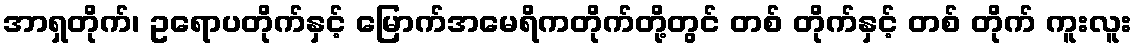
အာရှတိုက်၊ ဥရောပတိုက်နှင့် မြောက်အမေရိကတိုက်တို့တွင် တစ် တိုက်နှင့် တစ် တိုက် ကူးလူး